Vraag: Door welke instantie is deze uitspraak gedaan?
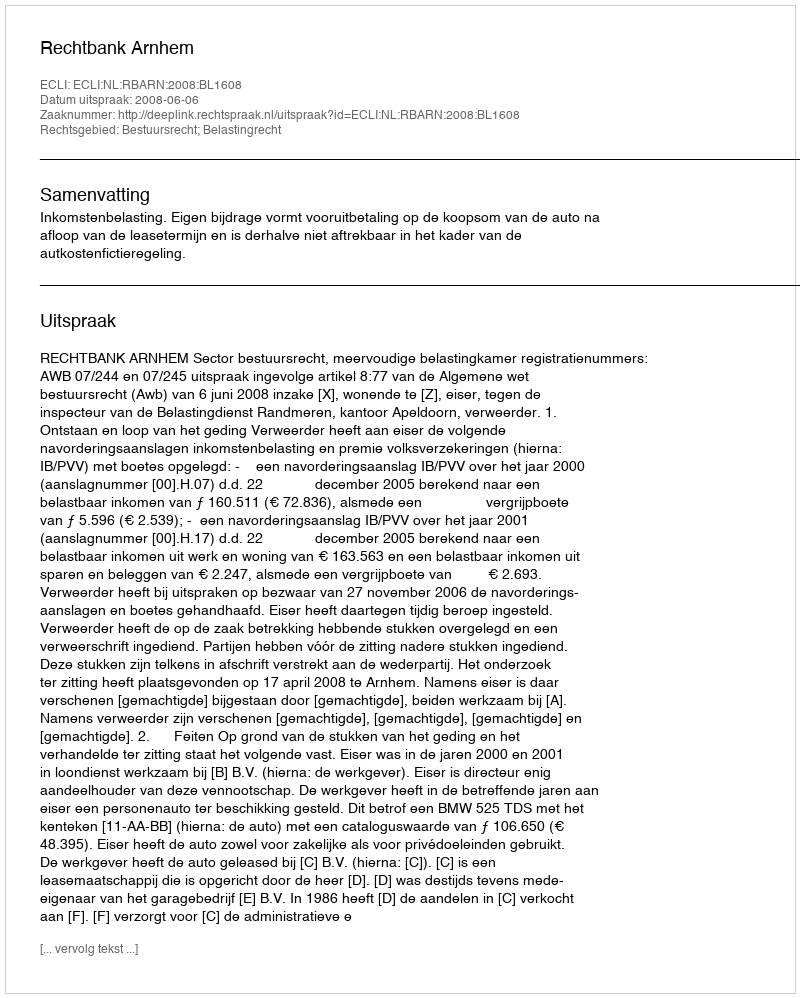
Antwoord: Rechtbank Arnhem